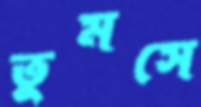
তুমসে